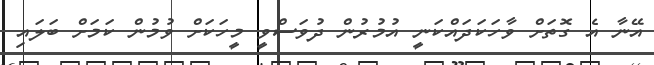
އޭނާ އެ ގޮތަށް ވާހަކަދައްކަނީ އުމުރުން ދުވަސްވީ މީހަކަށް ވުމުން ކަމަށް ބަލައި